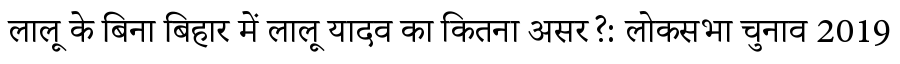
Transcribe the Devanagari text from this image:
लालू के बिना बिहार में लालू यादव का कितना असर?: लोकसभा चुनाव 2019